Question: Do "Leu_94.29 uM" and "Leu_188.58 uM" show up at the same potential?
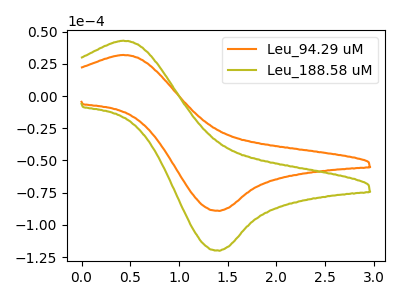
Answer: <think>The orange curve "Leu_94.29 uM" has an anodic peak at (0.45V, 31.90uA) and a cathodic peak at (1.40V, -89.20uA). The olive curve "Leu_188.58 uM" has an anodic peak at (0.45V, 42.95uA) and a cathodic peak at (1.40V, -120.10uA).
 All the peaks in "Leu_94.29 uM" have a peak in "Leu_188.58 uM" at the same potential. Every peak in "Leu_94.29 uM" is lower than every peak in "Leu_188.58 uM".</think>
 <answer>"Leu_94.29 uM" and "Leu_188.58 uM" are similar in shape.</answer>
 <eval>same_shape</eval>